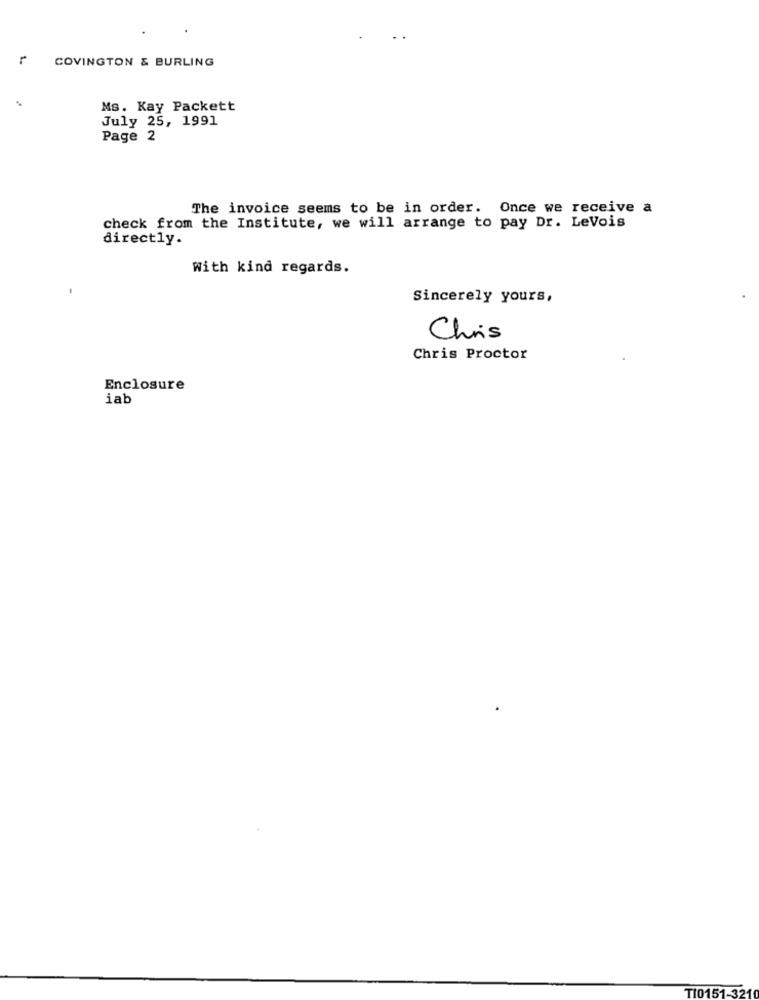
r
COVINGTON & BURLING
Ms. Kay Packett
July 25, 1991
Page 2
The invoice seems to be in order. Once we receive a
check from the Institute, we will arrange to pay Dr. LeVois
directly.
With kind regards.
Sincerely yours,
Chris
Chris Proctor
Enclosure
iab
TI0151-321